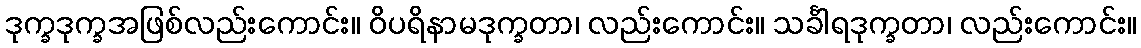
ဒုက္ခဒုက္ခအဖြစ်လည်းကောင်း။ ဝိပရိနာမဒုက္ခတာ၊ လည်းကောင်း။ သင်္ခါရဒုက္ခတာ၊ လည်းကောင်း။